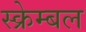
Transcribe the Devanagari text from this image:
स्क्रेम्बल